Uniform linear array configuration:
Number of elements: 8
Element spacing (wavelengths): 0.25
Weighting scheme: hamming
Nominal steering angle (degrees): -60
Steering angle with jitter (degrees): -59.039
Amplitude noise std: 0.05
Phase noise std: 0.05

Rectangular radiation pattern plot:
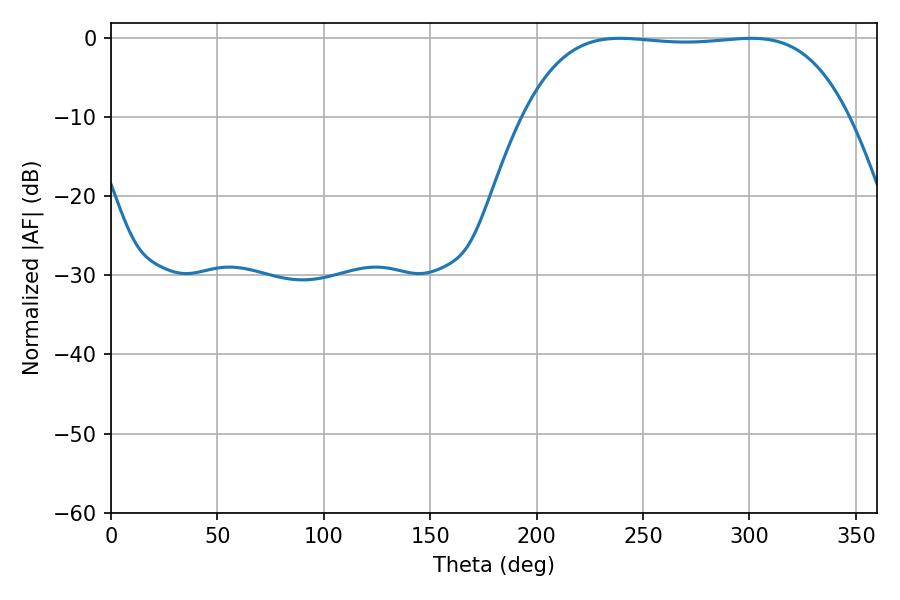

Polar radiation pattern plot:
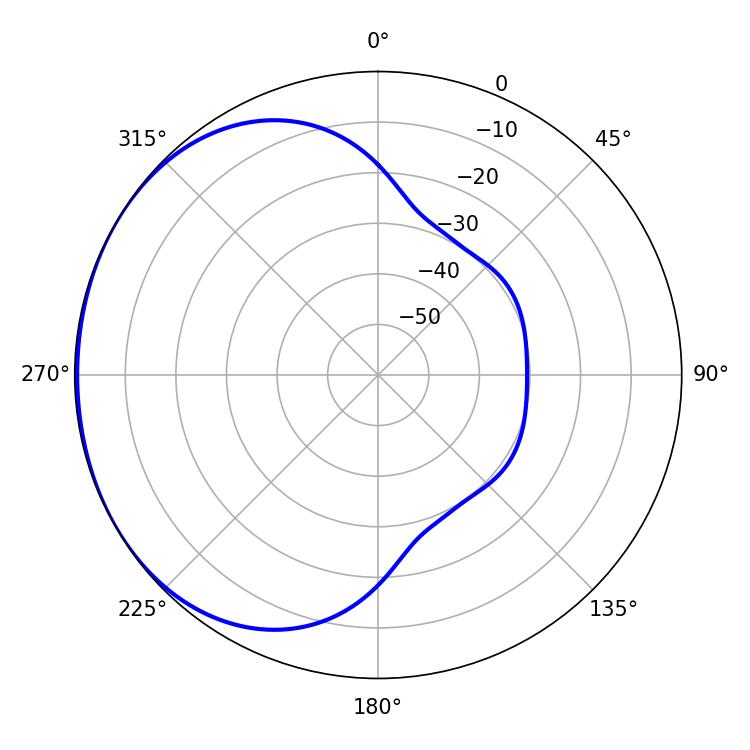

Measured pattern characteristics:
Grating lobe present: FALSE
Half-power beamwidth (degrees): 119.16
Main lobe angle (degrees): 239.22